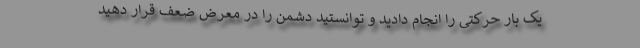
یک بار حرکتی را انجام دادید و توانستید دشمن را در معرض ضعف قرار دهید